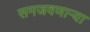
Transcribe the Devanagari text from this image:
समजवणाऱ्या